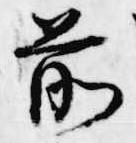
前